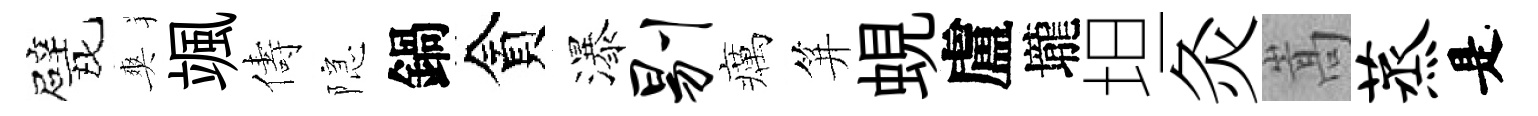
戏爽颯儔隠鍋貪瀑剔癘笄蜆盧壠坦灸嵩蒸是